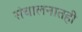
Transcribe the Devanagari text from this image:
संचालनातही